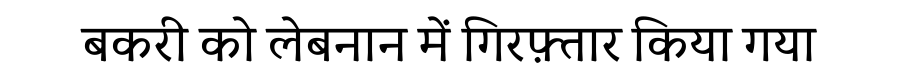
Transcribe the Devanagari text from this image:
बकरी को लेबनान में गिरफ़्तार किया गया